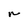
Character: n